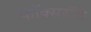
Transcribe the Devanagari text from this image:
फॉक्सरॉक